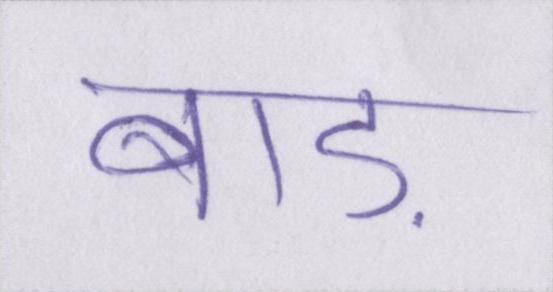
बाड़